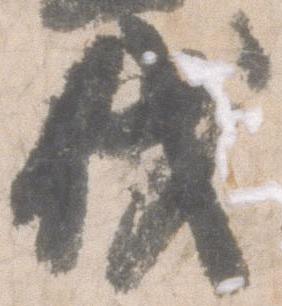
代